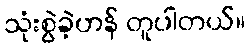
သုံးစွဲခဲ့ဟန် တူပါတယ်။